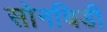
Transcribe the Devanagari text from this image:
सोनचिडी